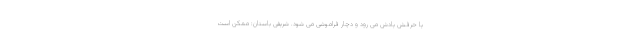
یا حرفش یادش می رود و دچار فراموشی می شود. شریفی باستان: ممکن است